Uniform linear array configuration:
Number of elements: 24
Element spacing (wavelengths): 0.75
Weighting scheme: exponential
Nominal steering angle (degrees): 45
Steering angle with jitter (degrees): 43.427
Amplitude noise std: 0.05
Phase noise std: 0.05

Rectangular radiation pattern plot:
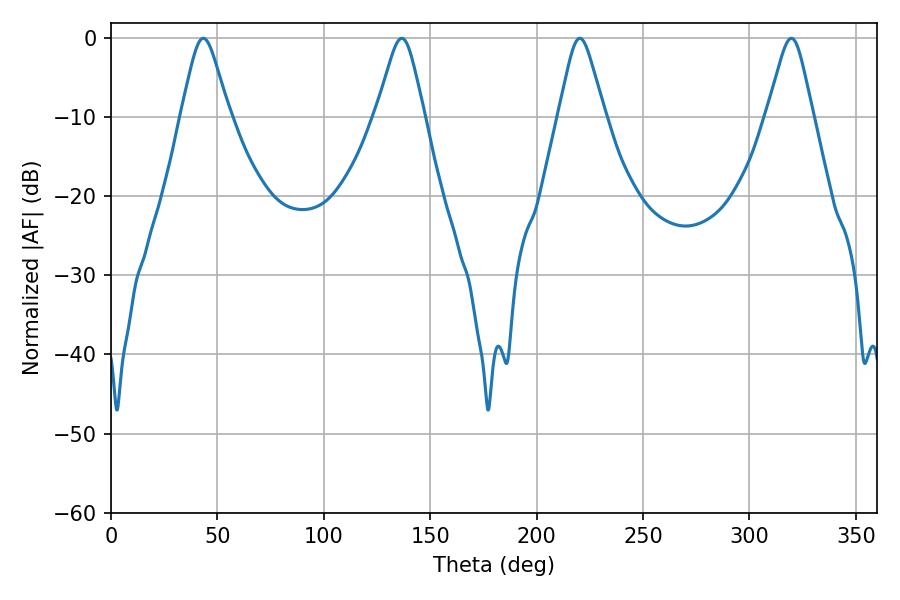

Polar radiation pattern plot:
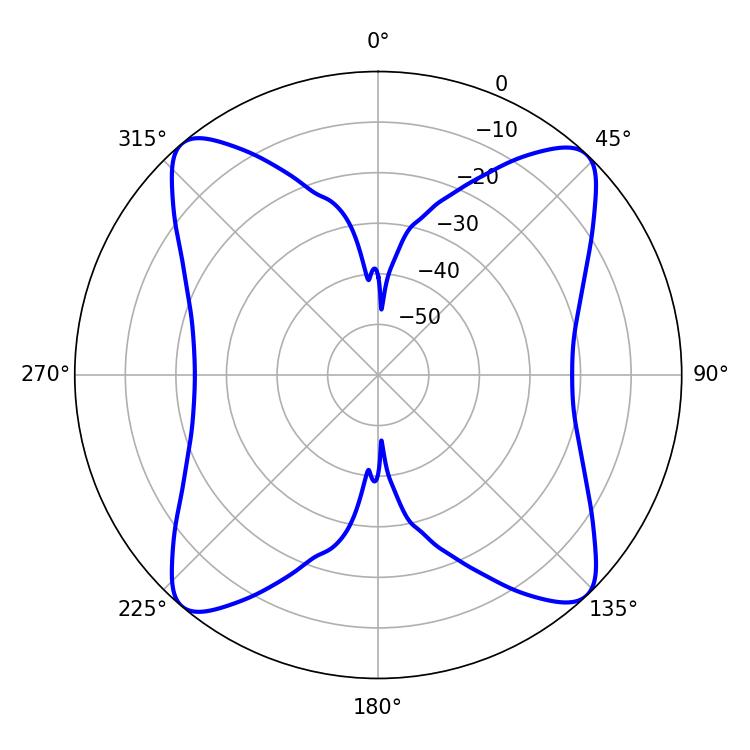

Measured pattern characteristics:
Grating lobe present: TRUE
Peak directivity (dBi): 17.484
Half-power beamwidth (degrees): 10.8
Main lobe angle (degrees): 43.38